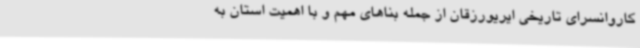
کاروانسرای تاریخی ایریورزقان از جمله بناهای مهم و با اهمیت استان به